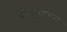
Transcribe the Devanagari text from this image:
परकोंटाना